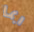
ربما